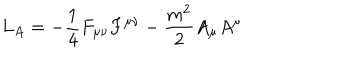
LaTeX: L _ { A } = \mathrm { } - \frac { 1 } { 4 } F _ { \mu \nu } F ^ { \mu \nu } - \frac { m ^ { 2 } } { 2 } A _ { \mu } A ^ { \mu }